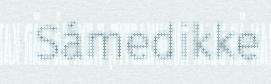
Sámedikke